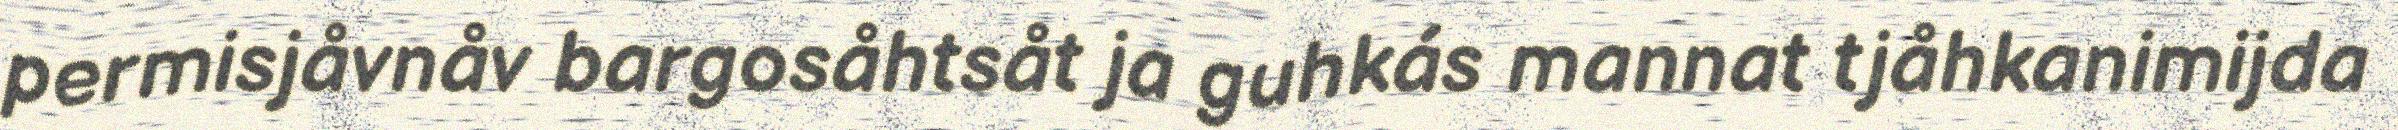
permisjåvnåv bargosåhtsåt ja guhkás mannat tjåhkanimijda